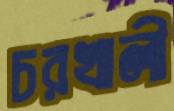
চরখালী